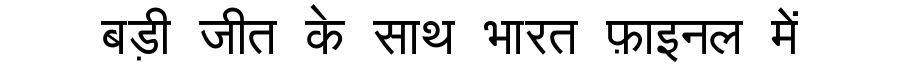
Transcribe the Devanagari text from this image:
बड़ी जीत के साथ भारत फ़ाइनल में